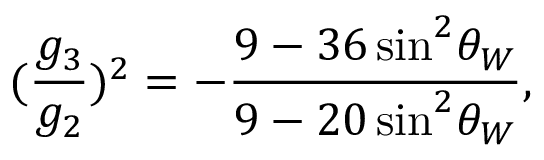
( \frac { g _ { 3 } } { g _ { 2 } } ) ^ { 2 } = - \frac { 9 - 3 6 \, \mathrm { s i n } ^ { 2 } \theta _ { W } } { 9 - 2 0 \, \mathrm { s i n } ^ { 2 } \theta _ { W } } ,